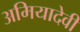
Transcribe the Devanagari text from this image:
अमियादेवी